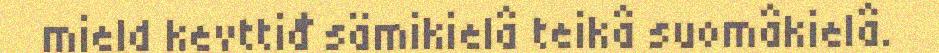
mield kevttiđ sämikielâ teikâ suomâkielâ.